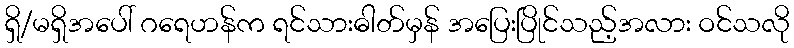
ရှိ/မရှိအပေါ် ဂရေဟန်က ရင်သားဓါတ်မှန် အပြေးပြိုင်သည့်အလား ဝင်သလို